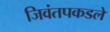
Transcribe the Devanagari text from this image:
जिवंतपकडले